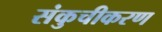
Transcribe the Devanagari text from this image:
संकुचीकरण